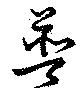
普